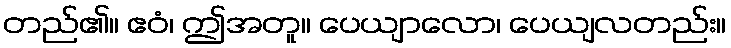
တည်၏။ ဧဝံ၊ ဤအတူ။ ပေယျာလော၊ ပေယျလတည်း။